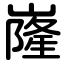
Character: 嶐